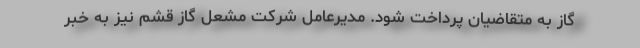
گاز به متقاضیان پرداخت شود. مدیرعامل شرکت مشعل گاز قشم نیز به خبر